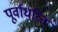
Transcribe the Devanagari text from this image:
पूर्वाधरित